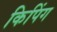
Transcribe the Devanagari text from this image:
किपिंग